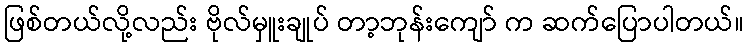
ဖြစ်တယ်လို့လည်း ဗိုလ်မှူးချုပ် တာ့ဘုန်းကျော် က ဆက်ပြောပါတယ်။